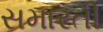
સમારતી